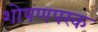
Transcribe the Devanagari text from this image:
शोषणपरक